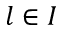
l \in { I }